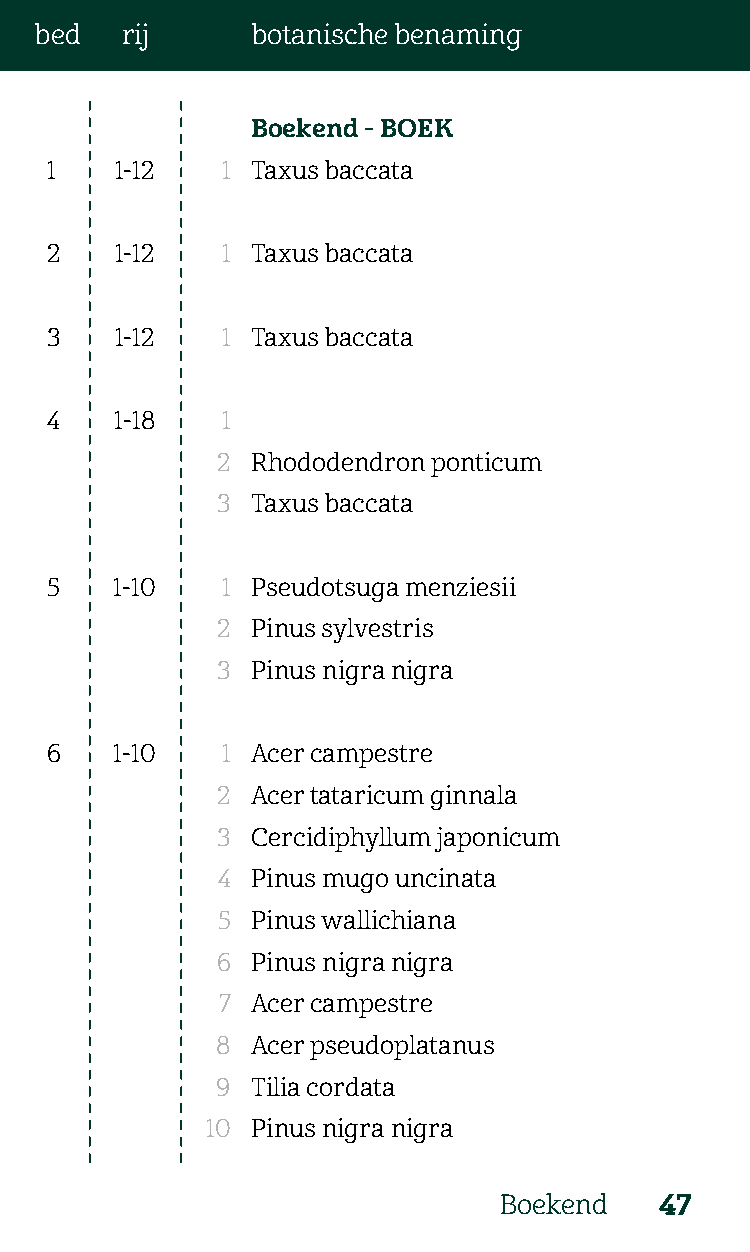
bed   rij      botanische benaming
 Boekend - BOEK
 1    1-12   1 Taxus baccata
 2    1-12   1 Taxus baccata
 3    1-12   1 Taxus baccata
 4    1-18   1
 2  Rhododendron ponticum
 3  Taxus baccata
 5    1-10   1 Pseudotsuga menziesii
 2  Pinus sylvestris
 3  Pinus nigra nigra
 6    1-10   1 Acer campestre
 2  Acer tataricum ginnala
 3  Cercidiphyllum japonicum
 4  Pinus mugo uncinata
 5  Pinus wallichiana
 6  Pinus nigra nigra
 7  Acer campestre
 8  Acer pseudoplatanus
 9  Tilia cordata
 10 Pinus nigra nigra
 Boekend    47